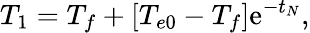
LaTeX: T_{1}=T_{f}+\left[T_{e0}-T_{f}\right]\mathrm{e}^{-t_{N}},